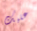
عليك